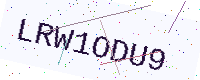
Text: LRW1ODU9